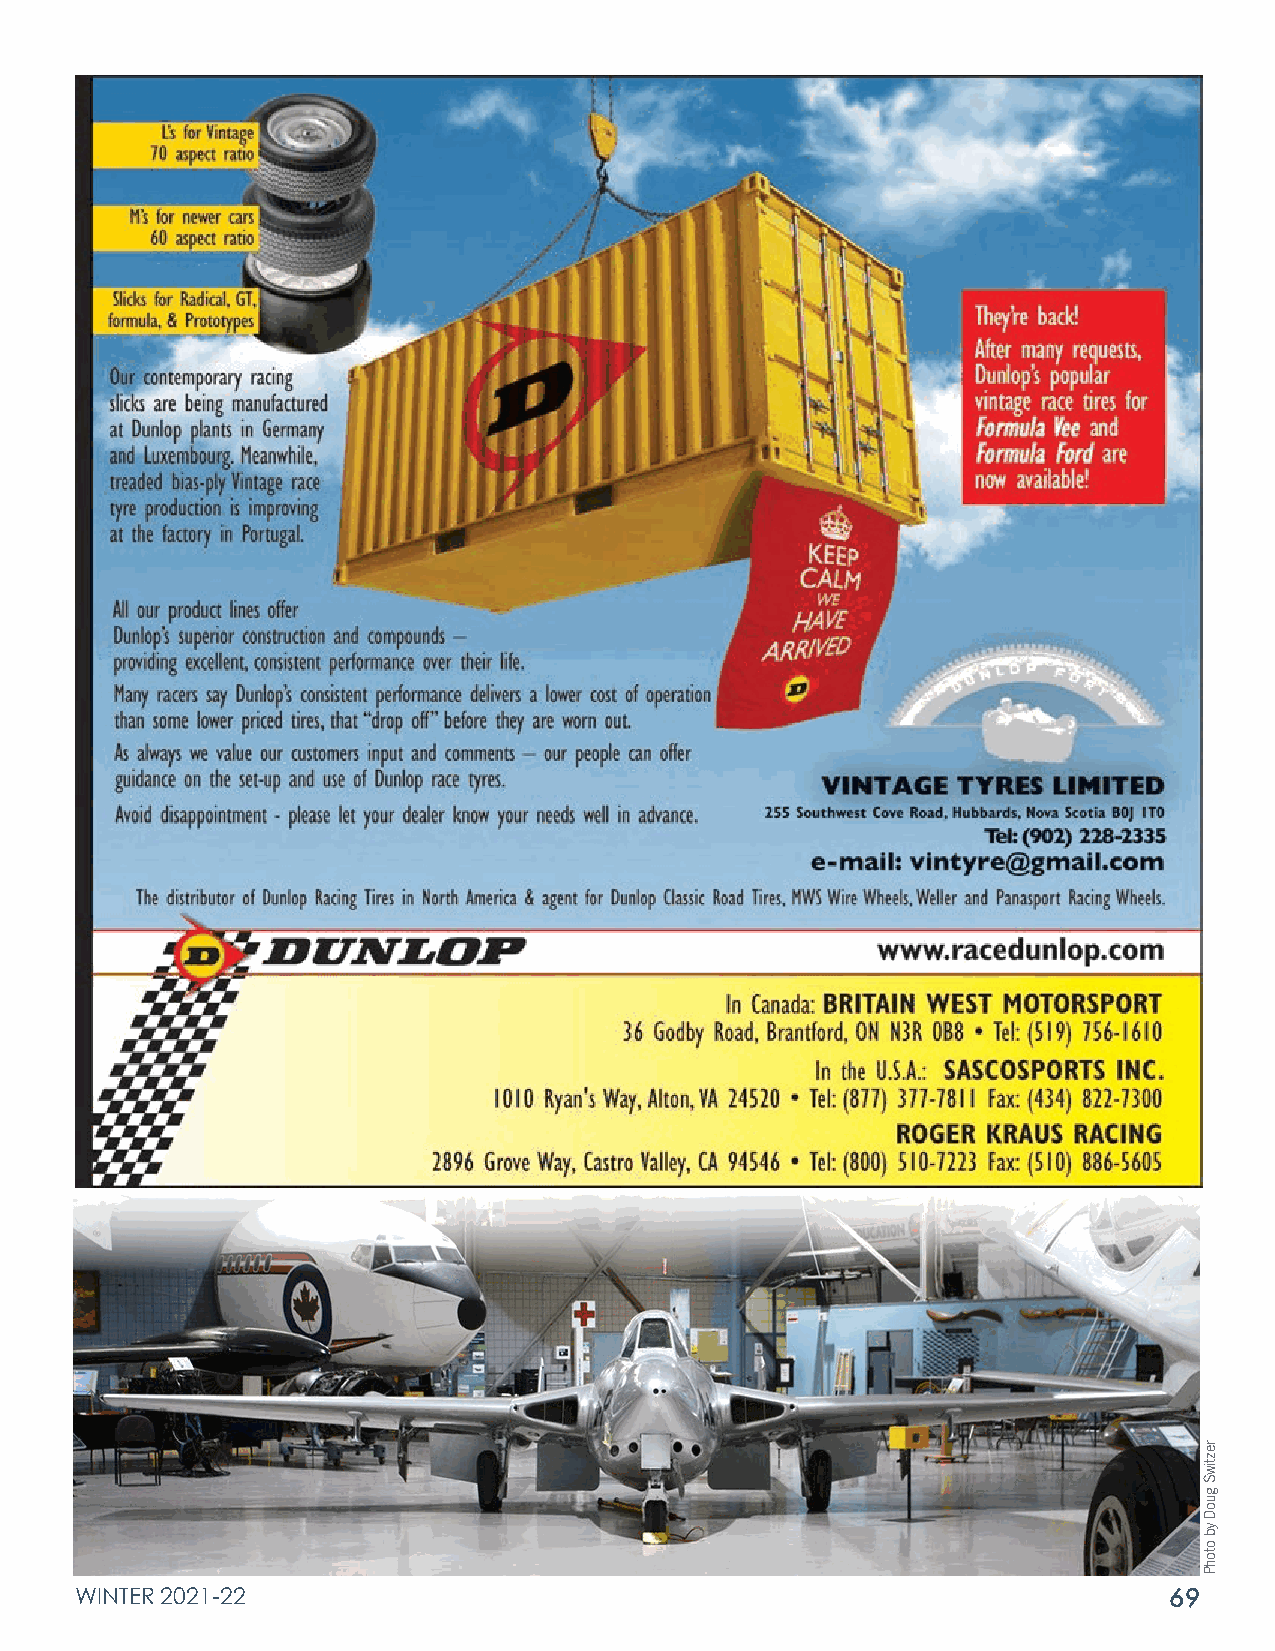
WINTER 2021-22                                                          69
 reztiwS
 guoD
 yb
 otohP